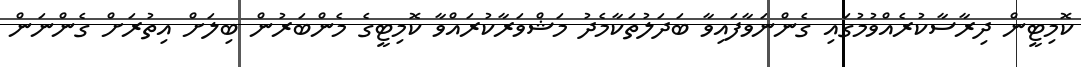
ކޮމިޓީން ދިރާސާކުރެއްވުމުގައި ގެންނަވާފައިވާ ބަދަލުތަކާމެދު މަޝްވަރާކުރައްވާ ކޮމިޓީގެ މެންބަރުން ބިލަށް އިތުރަށް ގެންނަން